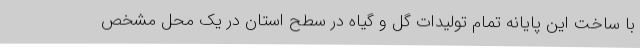
با ساخت این پایانه تمام تولیدات گل و گیاه در سطح استان در یک محل مشخص